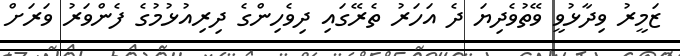
ޒަމީރު ވިދާޅުވީ ވޭތުވެދިޔަ ދެ އަހަރު ތެރޭގައި ދިވެހިންގެ ދިރިއުޅުމުގެ ފެންވަރު ވަރަށް